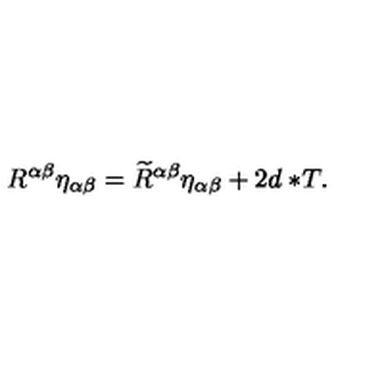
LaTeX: R ^ { \alpha \beta } \eta _ { \alpha \beta } = \widetilde { R } ^ { \alpha \beta } \eta _ { \alpha \beta } + 2 d \ast \! T .